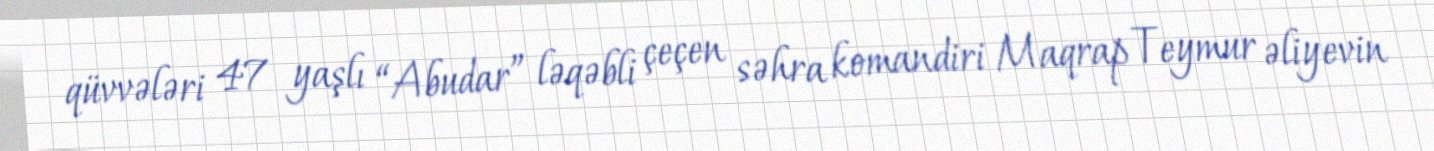
qüvvələri 47 yaşlı “Abudar” ləqəbli çeçen səhra komandiri Maqrap Teymur əliyevin